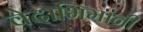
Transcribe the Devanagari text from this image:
वेदाभिमानी